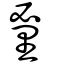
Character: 𨤩